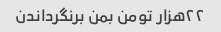
۲۲هزار تومن بمن برنگرداندن